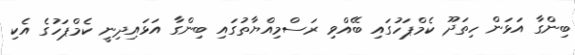
ބިންގާ އަޅަން ހިތަދޫ ކެމްޕަހުގައި ބޭއްވި ރަސްމިއްޔާތުގައި ބިންގާ އަޅައިދިނީ ކެމްޕަހުގެ އެކި